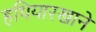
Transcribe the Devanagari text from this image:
हथियारखाने